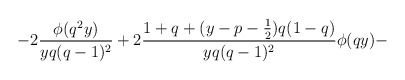
\begin{align*}-2\frac{\phi(q^2y)}{yq(q-1)^2} +2 \frac{1+q+(y-p-\frac{1}{2})q(1-q)}{yq(q-1)^2}\phi(qy)-\end{align*}